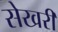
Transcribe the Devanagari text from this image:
सेखरी